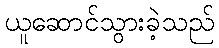
ယူဆောင်သွားခဲ့သည်